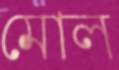
মোল